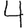
Digit: 4